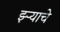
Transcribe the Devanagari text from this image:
झ्ऱ्याचे